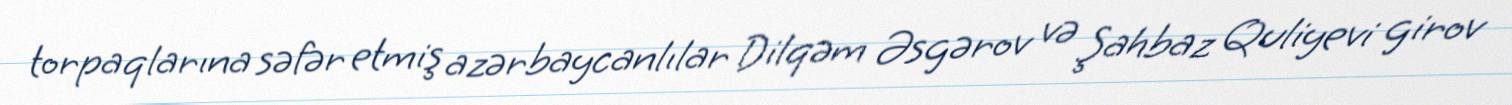
torpaqlarına səfər etmiş azərbaycanlılar Dilqəm Əsgərov və Şahbaz Quliyevi girov